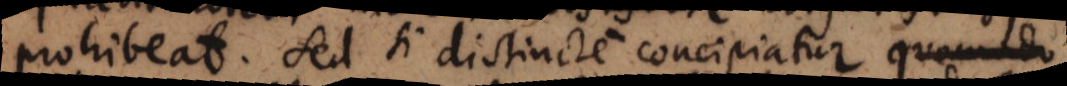
prohibeat. Sed si distincte concipiatur quomodo